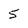
Character: 5